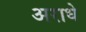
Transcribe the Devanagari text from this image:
अराधे